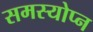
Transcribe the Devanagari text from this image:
समस्योप्न